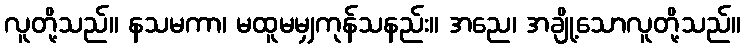
လူတို့သည်။ နသမကာ၊ မထူမမျှကုန်သနည်း။ အညေ၊ အချို့သောလူတို့သည်။